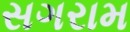
સગરામ